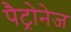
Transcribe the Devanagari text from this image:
पैट्रोनेज